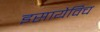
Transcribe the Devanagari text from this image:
इसायेविच